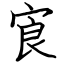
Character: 㝗